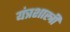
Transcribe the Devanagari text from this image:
यंत्रशास्त्री